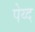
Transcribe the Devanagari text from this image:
पेय्द